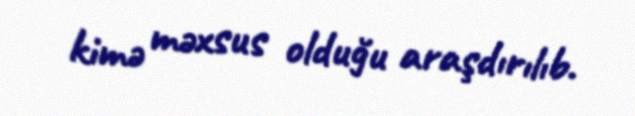
kimə məxsus olduğu araşdırılıb.